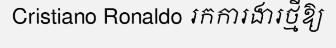
Cristiano Ronaldo រកការងារថ្មីឱ្យ